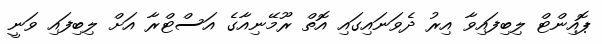
ޕޮއިންޓް ލިބިފައިވާ އިރު ދެވަނައިގައި އޮތް ރޫމޭނިއާގެ އަސްޓްރާ އަށް ލިބިފައި ވަނީ